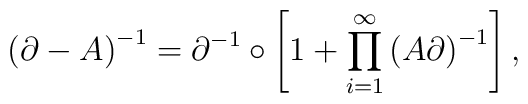
\left( \partial - A\right) ^{-1} = \partial^{-1} \circ \left[1+\prod_{i=1}^{\infty }\left( A\partial \right) ^{-1}\right],